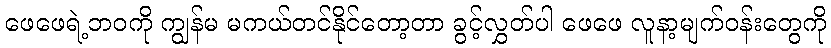
ဖေဖေရဲ့ဘဝကို ကျွန်မ မကယ်တင်နိုင်တော့တာ ခွင့်လွှတ်ပါ ဖေဖေ လူနာ့မျက်ဝန်းတွေကို